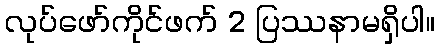
လုပ်ဖော်ကိုင်ဖက် 2 ပြဿနာမရှိပါ။